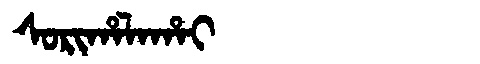
Manchu: ᠰᠣᡵᡳᡥᠠᠯᠠᡥᠠᡳ
Romanization: SORIHALAHAI